Punjab Mental Hospital Lahore 1922-31 - 1922-1931
Year: 1922
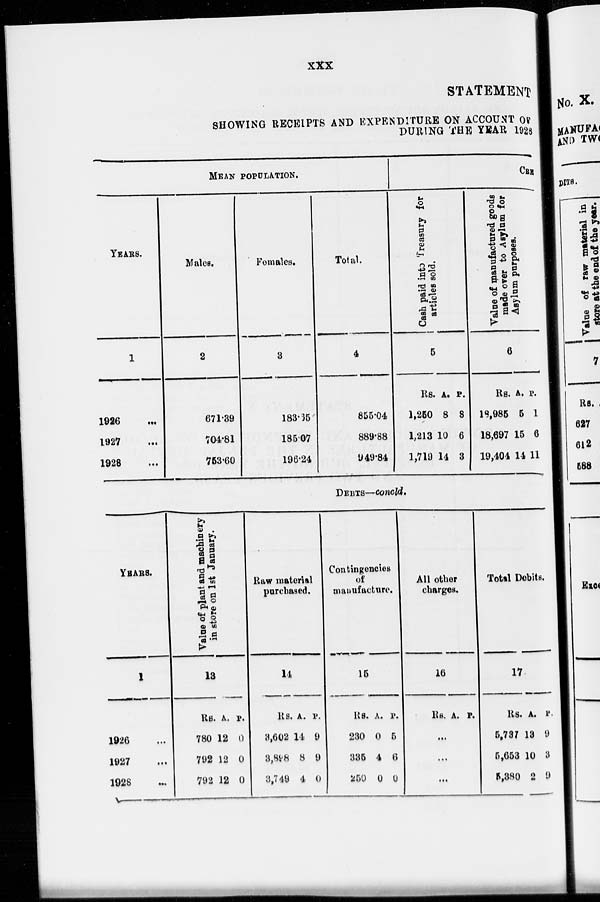
xxx
STATEMENT
SHOWING RECEIPTS AND EXPENDITURE ON ACCOUNT OF
DURING THE YEAR 1928
MEAN POPULATION.
YEARS.
1
1926 ...
1927 ...
1928 ...
Males.
2
671.39
704.81
753.60
Females.
3
183.65
185.07
196.24
Total.
4
855.04
889.88
949.84
CRE
Cash paid into Treasury for
articles sold.
5
Rs.
1,250
1,213
1,719
A.
8
10
14
P.
8
6
3
Value of manufactured goods
made over
to Asylum for
Asylum purposes.
6
Rs.
18,985
18,697
19,404
A.
5
15
14
P.
1
6
11
DEBTS—concld.
YEARS.
1
1926 ...
1927 ...
1928 ...
Value of plant and machinery
in store on 1st January.
13
Rs.
780
792
792
A.
12
12
12
P.
0
0
0
Raw material
purchased.
14
Rs.
3,602
3,888
3,749
A.
14
8
4
P.
9
9
0
Contingencies
of
manufacture.
15
Rs.
230
335
250
A.
0
4
0
P.
5
6
0
All other
charges.
16
Rs. A.
P.
...
...
...
Total Debits.
17
Rs.
5,737
5,653
5,380
A.
13
10
2
P.
9
3
9